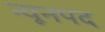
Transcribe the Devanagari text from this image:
न्यूनपद